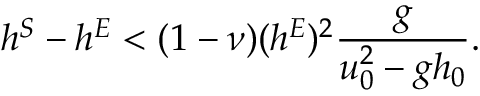
h ^ { S } - h ^ { E } < ( 1 - \nu ) ( h ^ { E } ) ^ { 2 } \displaystyle \frac { g } { u _ { 0 } ^ { 2 } - g h _ { 0 } } .